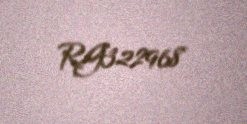
RG322968